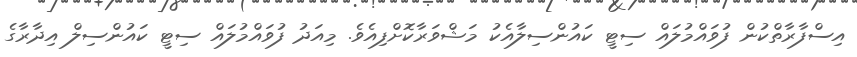
އިސްފާރާތްކުން ފުވައްމުލައް ސިޓީ ކައުންސިލާއެކު މަޝްވަރާކޮށްފިއެވެ. މިއަދު ފުވައްމުލައް ސިޓީ ކައުންސިލް އިދާރާގެ